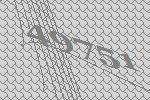
49751